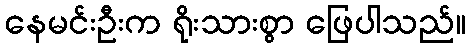
နေမင်းဦးက ရိုးသားစွာ ဖြေပါသည်။